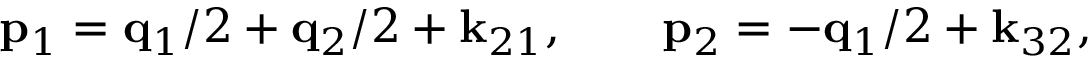
{ \bf p } _ { 1 } = { \bf q } _ { 1 } / 2 + { \bf q } _ { 2 } / 2 + { \bf k } _ { 2 1 } , \qquad { \bf p } _ { 2 } = - { \bf q } _ { 1 } / 2 + { \bf k } _ { 3 2 } ,